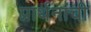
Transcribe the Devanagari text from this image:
प्रार्थनांची